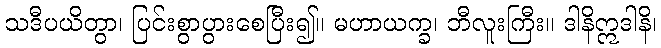
သဒီပယိတွာ၊ ပြင်းစွာပွားစေပြီး၍။ မဟာယက္ခ၊ ဘီလူးကြီး။ ဒါနိဣဒါနိ၊